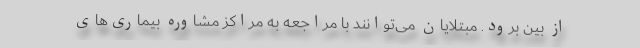
از بین برود. مبتلایان می‌توانند با مراجعه به مراکز مشاوره بیماری‌های